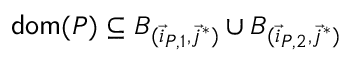
\mathsf { d o m } ( P ) \subseteq B _ { ( \vec { i } _ { P , 1 } , \vec { j } ^ { * } ) } \cup B _ { ( \vec { i } _ { P , 2 } , \vec { j } ^ { * } ) }